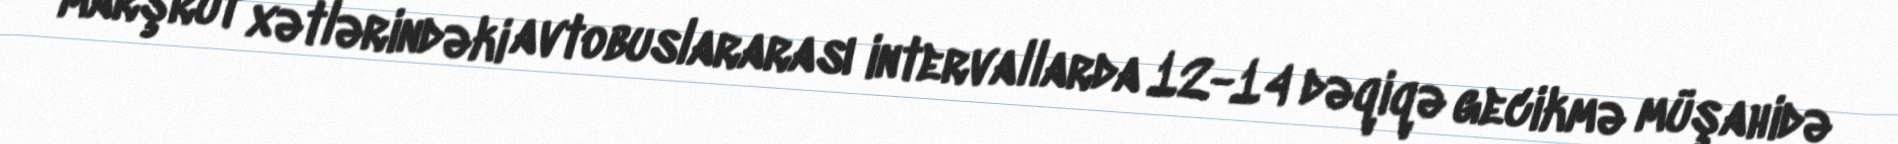
marşrut xətlərindəki avtobuslararası intervallarda 12-14 dəqiqə gecikmə müşahidə